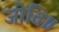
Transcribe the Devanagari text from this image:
जोति॥